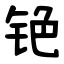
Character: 铯